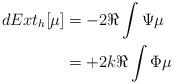
LaTeX: \begin{align*}d Ext_h [\mu] &= -2 \Re \int \Psi \mu\\&= +2 k \Re \int \Phi \mu \end{align*}